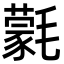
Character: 氋